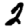
Digit: 2